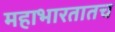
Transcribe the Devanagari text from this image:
महाभारतातच